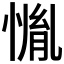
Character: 𱞳